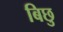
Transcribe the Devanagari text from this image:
बिछु